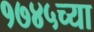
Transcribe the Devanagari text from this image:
१७४५च्या